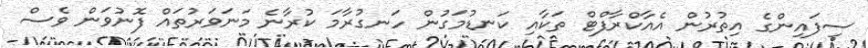
ސިފައިންގެ އިތުރުން އެއާކްރާފްޓް ތަކާއި ކަނޑުމަގުން ހަނގުރާމަ ކުރާނެ މަނަވަރުތައް ފޮނުވަން ވެސް